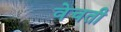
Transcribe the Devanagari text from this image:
वेचती